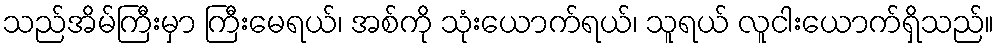
သည်အိမ်ကြီးမှာ ကြီးမေရယ်၊ အစ်ကို သုံးယောက်ရယ်၊ သူရယ် လူငါးယောက်ရှိသည်။